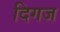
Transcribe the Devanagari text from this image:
दिगज